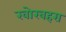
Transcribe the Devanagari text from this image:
खोरबहरा